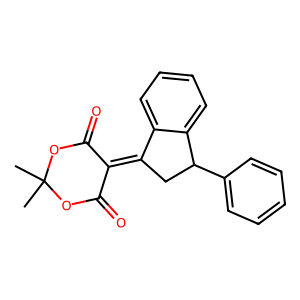
SMILES: CC1(C)OC(=O)C(=C2CC(c3ccccc3)c3ccccc32)C(=O)O1
Inhibits HIV replication: No